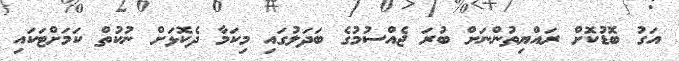
އަގު ބޮޑުކޮށް ރައްޔިތުންނަށް ބުރަ ޖެއްސުމުގެ ބަދަލުގައި މިކަމާ ދެކޮޅަށް ނުކުތް ކަމަށްޓަކައި